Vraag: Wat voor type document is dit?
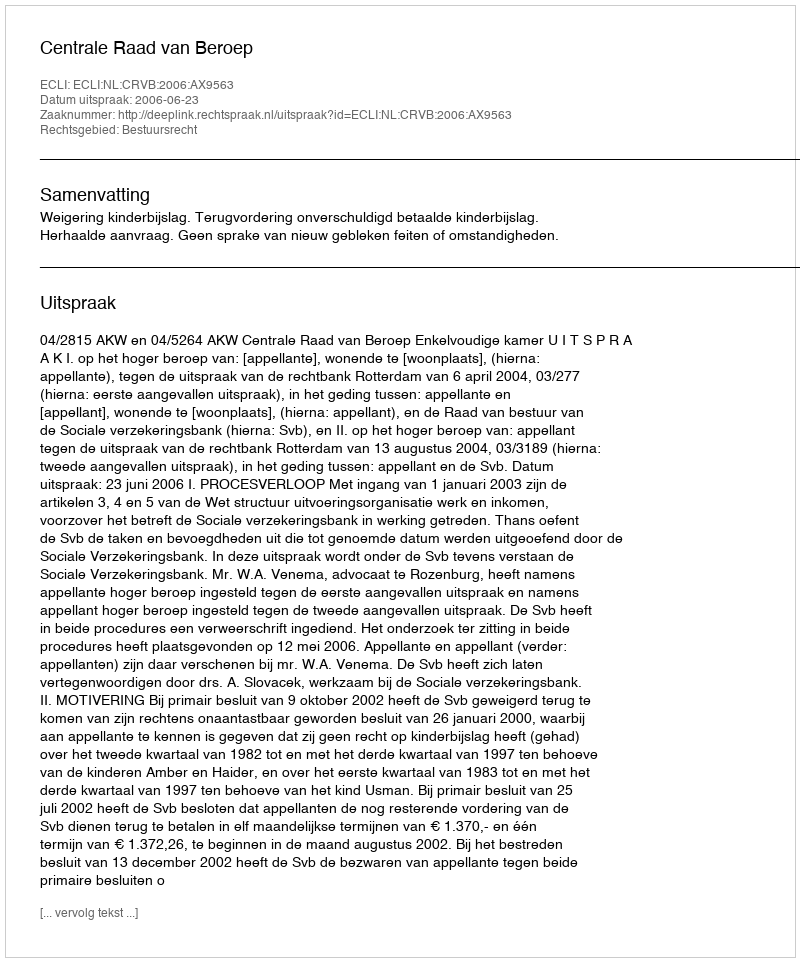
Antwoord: Uitspraak